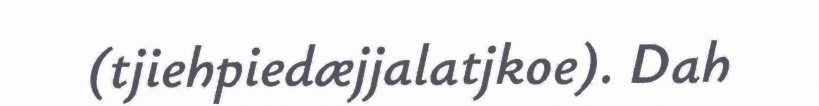
(tjiehpiedæjjalatjkoe). Dah